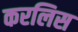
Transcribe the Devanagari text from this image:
करलिस